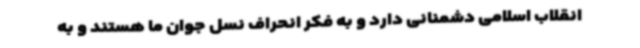
انقلاب اسلامی دشمنانی دارد و به فکر انحراف نسل جوان ما هستند و به